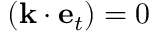
( { \bf k } \cdot { \bf e } _ { t } ) = 0